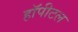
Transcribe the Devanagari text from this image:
हॉपीटल